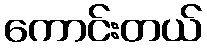
ကောင်းတယ်